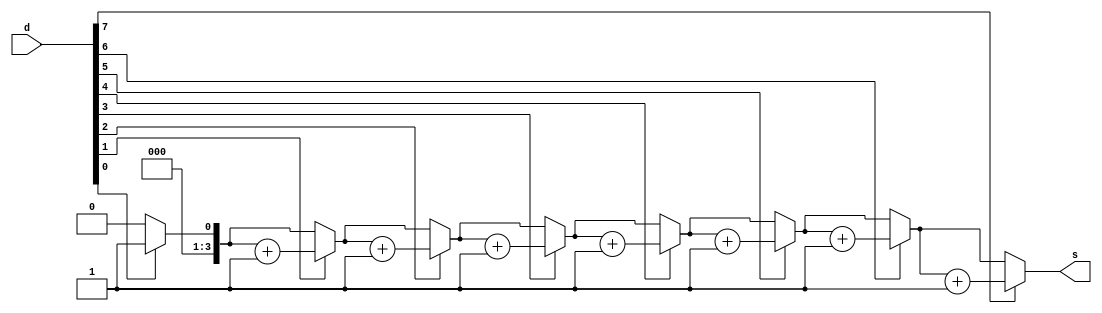
module highnum(
    input [7:0] d,
    output [3:0] s
);
    reg [3:0] mid;
    always @(d) begin
        mid=4'b0000;
        if (d[0]==1'b1) 
            mid=mid+4'b0001;
        if(d[1]==1'b1)
            mid=mid+4'b0001;
        if(d[2]==1'b1)
            mid=mid+4'b0001;
        if(d[3]==1'b1)
            mid=mid+4'b0001;
        if(d[4]==1'b1)
            mid=mid+4'b0001;
        if(d[5]==1'b1)
            mid=mid+4'b0001;
        if(d[6]==1'b1)
            mid=mid+4'b0001;
        if(d[7]==1'b1)
            mid=mid+4'b0001;
    end
    assign s=mid;
endmodule